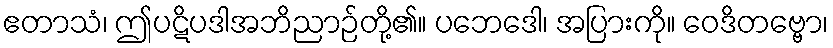
ဧတာသံ၊ ဤပဋိပဒါအဘိညာဉ်တို့၏။ ပဘေဒေါ၊ အပြားကို။ ဝေဒိတဗ္ဗော၊